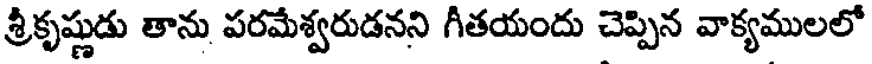
శ్రీకృష్ణుడు తాను పరమేశ్వరుడనని గీతయందు చెప్పిన వాక్యములలో